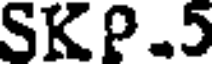
SKP.5